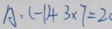
A : ( - 1 ) + 3 \times 7 = 2 0